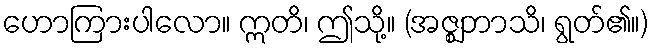
ဟောကြားပါလော။ ဣတိ၊ ဤသို့။ (အဇ္ဈဘာသိ၊ ရွတ်၏။)